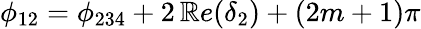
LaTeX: \phi_{12}=\phi_{234}+2\, \mathbb{R}e(\delta_{2})+(2m+1)\pi